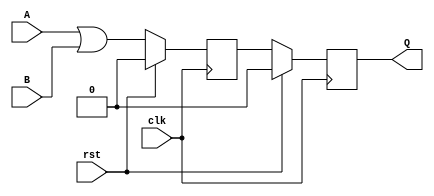
module non_blocking(A,B,Q,clk,rst);

    input A,B,clk,rst;
    output reg Q;
    //We declaring the another reg = Z
    reg Z;

    always @ (posedge clk) begin
        if(rst == 1'b1) begin
            Z <= 1'b0;
            Q <= 1'b0;
        
        end
        else begin
            Z <= A | B;
            Q <= Z;
        end      
    end 
 
endmodule